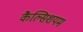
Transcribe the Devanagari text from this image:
कैल्सिशयम